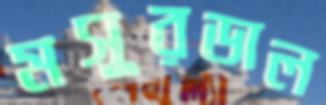
মসুরডাল